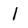
Character: l